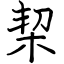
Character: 栔